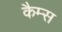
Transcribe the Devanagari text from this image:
कैम्स